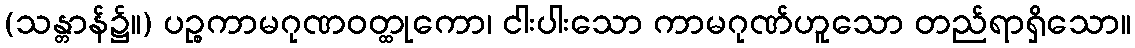
(သန္တာန်၌။) ပဉ္စကာမဂုဏဝတ္ထုကော၊ ငါးပါးသော ကာမဂုဏ်ဟူသော တည်ရာရှိသော။